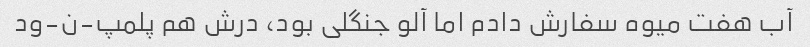
آب هفت میوه سفارش دادم اما آلو جنگلی بود، درش هم پلمپ-ن-ود